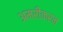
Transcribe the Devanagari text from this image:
अमरीकरन